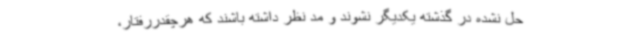
حل نشده در گذشته یکدیگر نشوند و مد نظر داشته باشند که هرچقدررفتار،